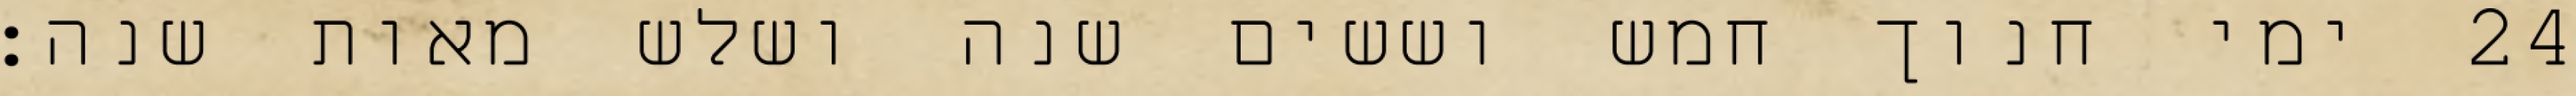
ימי חנוך חמש וששים שנה ושלש מאות שנה׃ ‎24‏